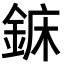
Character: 𨧖